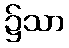
၌သာ